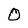
Character: O